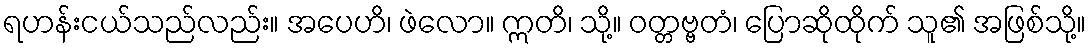
ရဟန်းငယ်သည်လည်း။ အပေဟိ၊ ဖဲလော။ ဣတိ၊ သို့။ ဝတ္တဗ္ဗတံ၊ ပြောဆိုထိုက် သူ၏ အဖြစ်သို့။